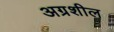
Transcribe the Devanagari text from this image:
अग्रशील